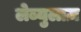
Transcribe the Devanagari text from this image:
लेब्युलाज़